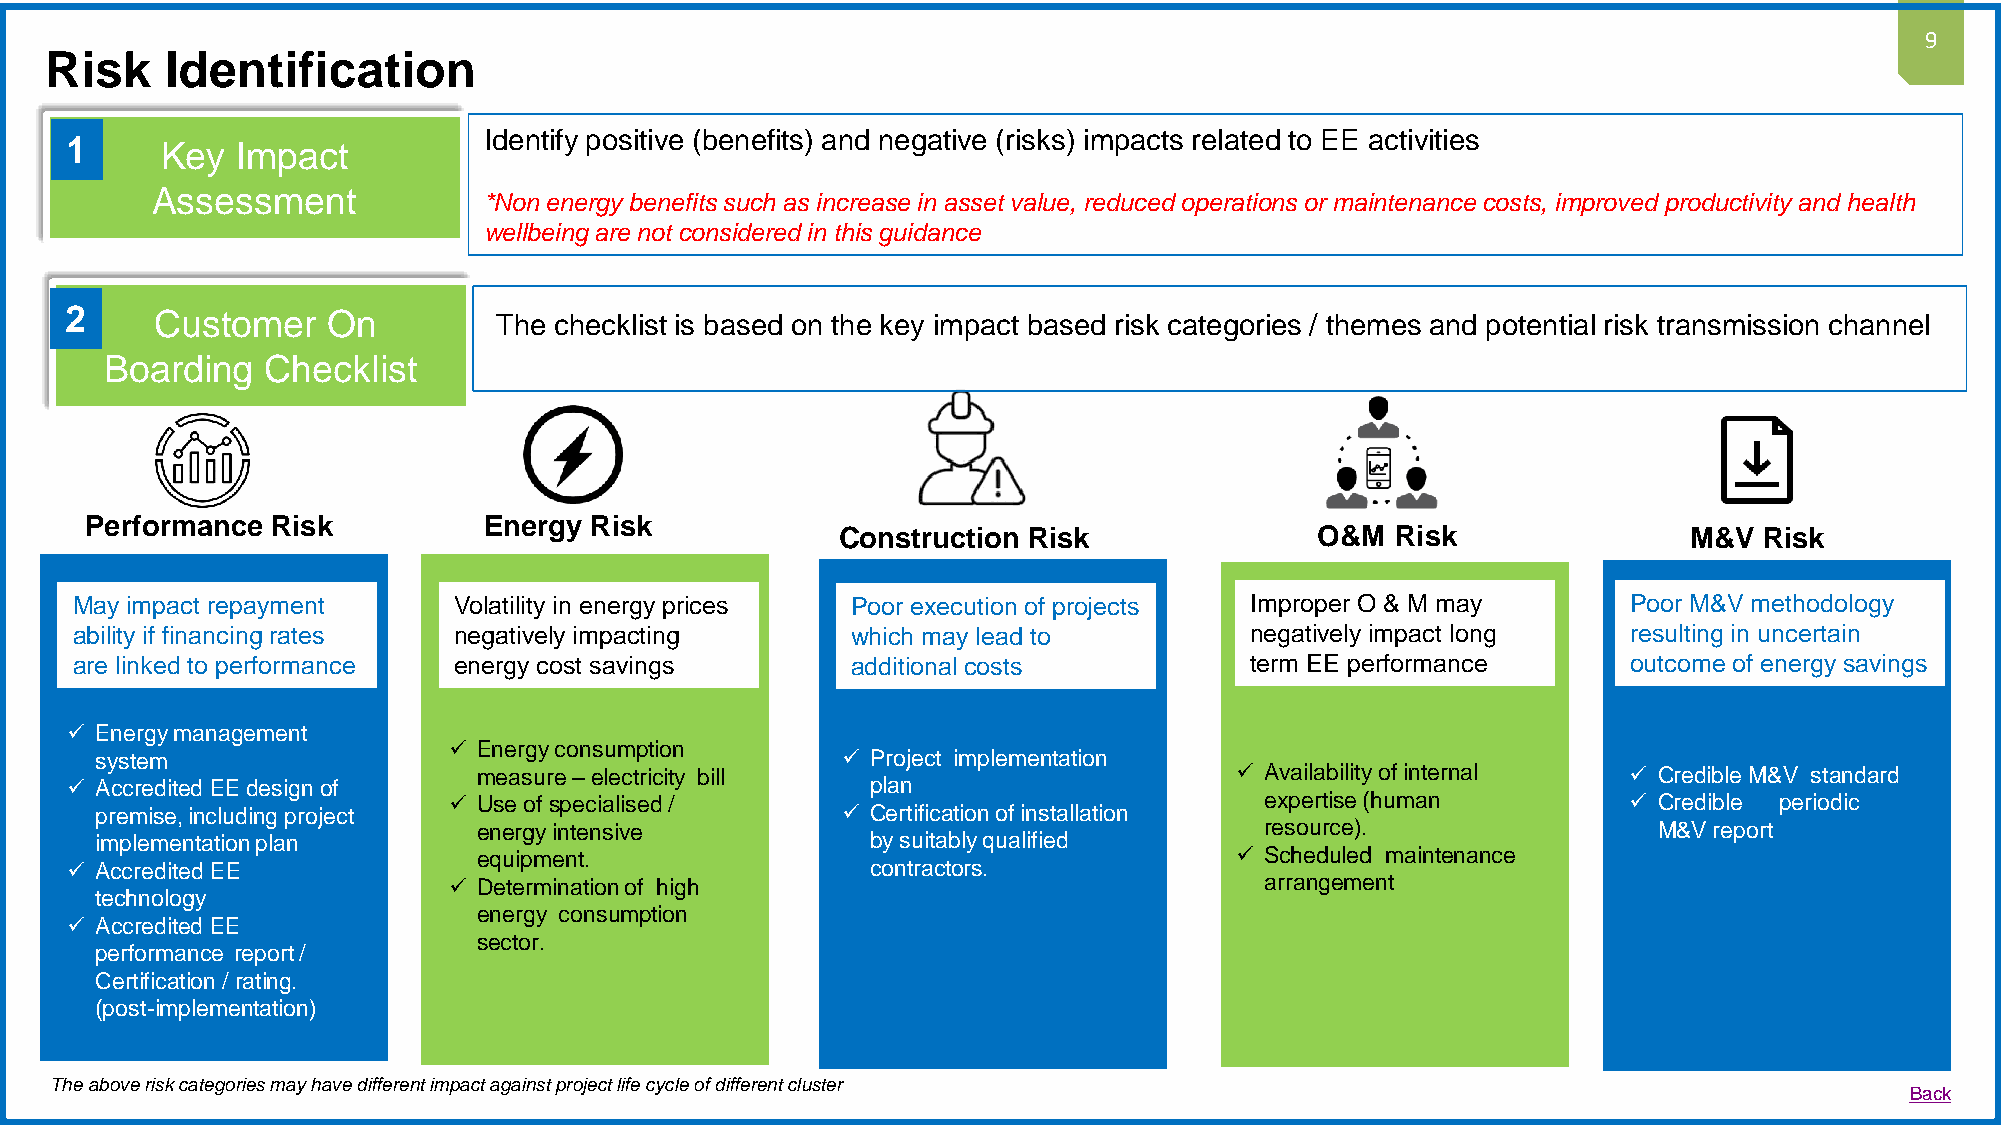
9
 Risk    Identification
 Identify positive (benefits) and negative (risks) impacts related to EE activities
 1
 Key  Impact
 Assessment            *Non energy benefits such as increase in asset value, reduced operations or maintenance costs, improved productivity and health
 wellbeing are not considered in this guidance
 2     Customer    On         The checklist is based on the key impact based risk categories / themes and potential risk transmission channel
 Boarding   Checklist
 Performance Risk          Energy Risk
 Construction Risk              O&M  Risk                M&V  Risk
 May impact repayment     Volatility in energy prices Poor execution of projects Improper O & M may     Poor M&V methodology
 ability if financing rates negatively impacting    which may lead to          negatively impact long   resulting in uncertain
 are linked to performance energy cost savings      additional costs           term EE performance      outcome of energy savings
  Energy management
  Energy consumption
 system                                             Project implementation
 measure –electricity bill                          Availability of internal  Credible M&V standard
  Accredited EE design of                             plan
  Use of specialised/                                 expertise (human         Credible periodic
 premise, including project                         Certification of installation
 energy intensive                                    resource).                M&V report
 implementationplan                                  by suitably qualified
 equipment.                                         Scheduled maintenance
  Accredited EE                                       contractors.
  Determination of high                               arrangement
 technology
 energy consumption
  Accredited EE
 sector.
 performance report /
 Certification / rating.
 (post-implementation)
 The above risk categories may have different impact against project life cycle of different cluster
 Back